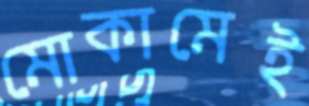
মোকামেই